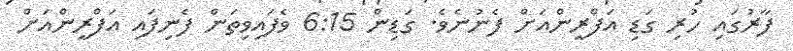
ފާރުގައި ހުރި ގަޑި އަފްރީންއަށް ފެނުނެވެ. ގަޑިން 6:15 ވެފައިވިތަން ފެނިފައި އަފްރީންއަށް